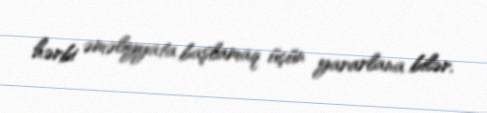
hərbi əməliyyata başlamaq üçün yararlana bilər.